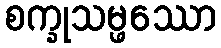
စက္ခုသမ္ဖဿော